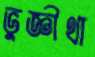
ভুজ্ঞীথা